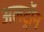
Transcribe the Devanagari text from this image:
अलट्राॅन